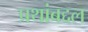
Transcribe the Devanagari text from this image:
प्रथांबद्दल